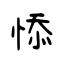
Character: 悿